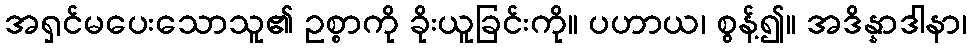
အရှင်မပေးသောသူ၏ ဥစ္စာကို ခိုးယူခြင်းကို။ ပဟာယ၊ စွန့်၍။ အဒိန္နာဒါနာ၊